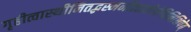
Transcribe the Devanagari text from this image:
गृहीत्वास्थीनितद्भस्मनीत्वातोयेविनिक्षिपेत्